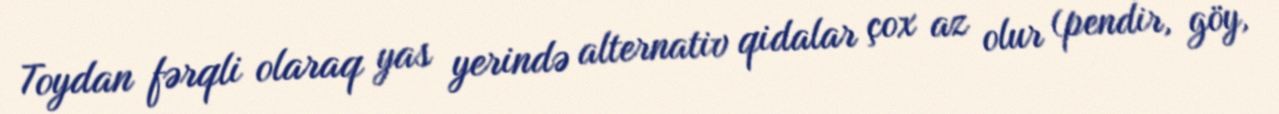
Toydan fərqli olaraq yas yerində alternativ qidalar çox az olur (pendir, göy,